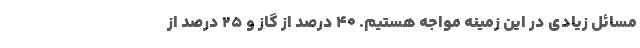
مسائل زیادی در این زمینه مواجه هستیم. ۴۰ درصد از گاز و ۲۵ درصد از